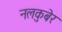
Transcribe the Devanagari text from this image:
नलकुबेर